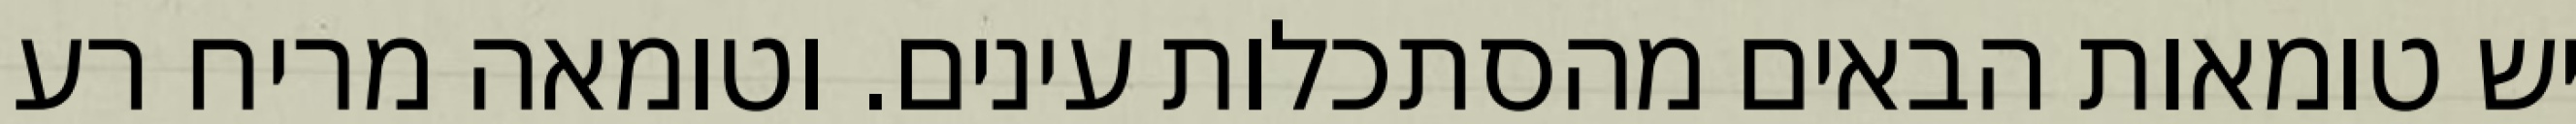
יש טומאות הבאים מהסתכלות עינים. וטומאה מריח רע